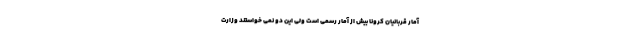
آمار قربانیان کرونا بیش از آمار رسمی است ولی این دو نمی خواستند وزارت